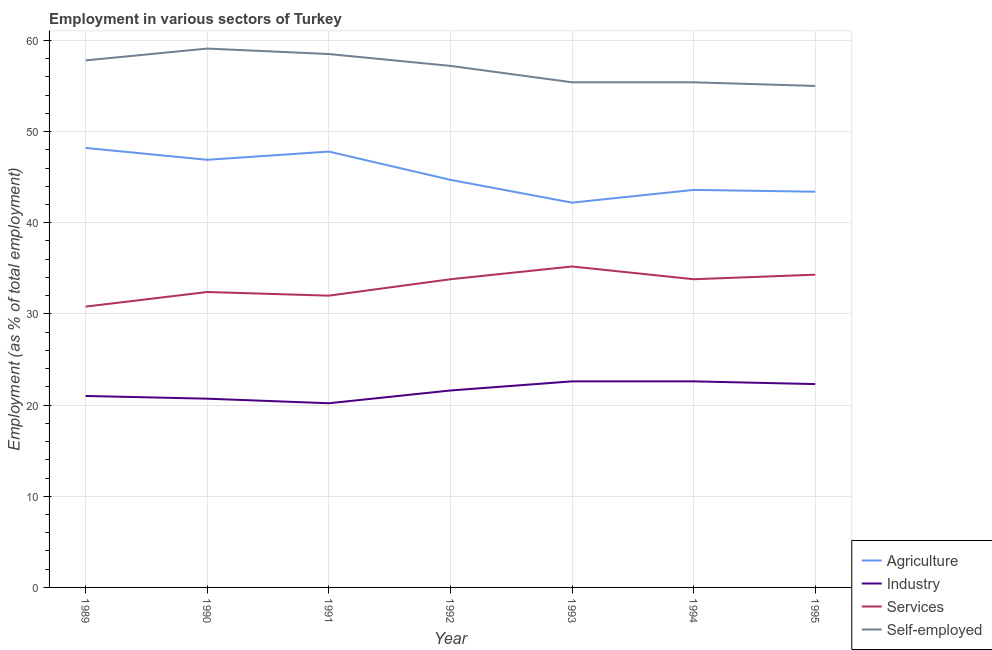
| Year | Agriculture | Industry | Services | Self-employed |
 | --- | --- | --- | --- | --- |
 | 1989 | 48.2 | 21 | 30.8 | 57.8 |
 | 1990 | 46.9 | 20.7 | 32.4 | 59.1 |
 | 1991 | 47.8 | 20.2 | 32 | 58.5 |
 | 1992 | 44.7 | 21.6 | 33.8 | 57.2 |
 | 1993 | 42.2 | 22.6 | 35.2 | 55.4 |
 | 1994 | 43.6 | 22.6 | 33.8 | 55.4 |
 | 1995 | 43.4 | 22.3 | 34.3 | 55 |